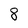
Character: 8